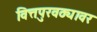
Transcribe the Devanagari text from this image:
वित्तपुरवठ्यावर